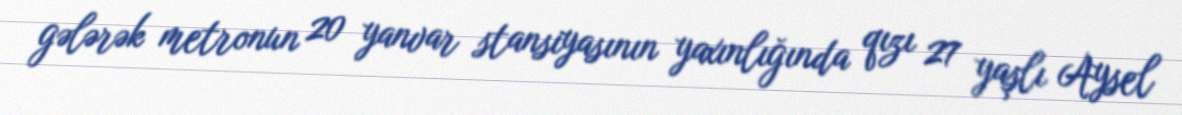
gələrək metronun 20 yanvar stansiyasının yaxınlığında qızı 27 yaşlı Aysel